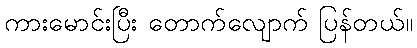
ကားမောင်းပြီး တောက်လျောက် ပြန်တယ်။